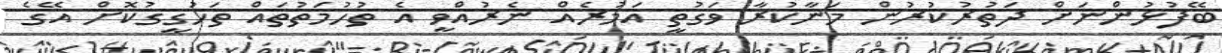
ބޭފުޅުންނަށް ދަތުރުކުރުން މަނާކުރާ ވަގުތީ އަމުރެއް ނެރުއްވީ އެ ތުހުމަތުތައް ތަހުގީގުކޮށް އޭގެ